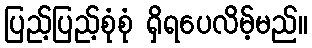
ပြည့်ပြည့်စုံစုံ ရှိရပေလိမ့်မည်။